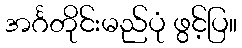
အင်္ဂတိုင်းမည်ပုံ ဖွင့်ပြ။